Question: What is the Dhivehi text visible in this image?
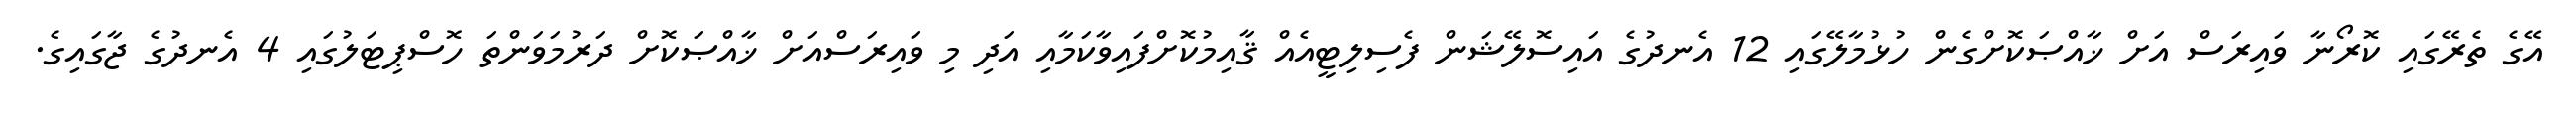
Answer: އޭގެ ތެރޭގައި ކޮރޯނާ ވައިރަސް އަށް ޚާއްޞަކޮށްގެން ހުޅުމާލޭގައި 12 އެނދުގެ އައިސޮލޭޝަން ފެސިލިޓީއެއް ޤާއިމުކޮށްފައިވާކަމާއި އަދި މި ވައިރަސްއަށް ޚާއްޞަކޮށް ދަރުމަވަންތަ ހޮސްޕިޓަލުގައި 4 އެނދުގެ ޖާގައިގެ.